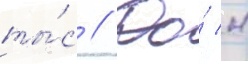
ты́с // До́ н